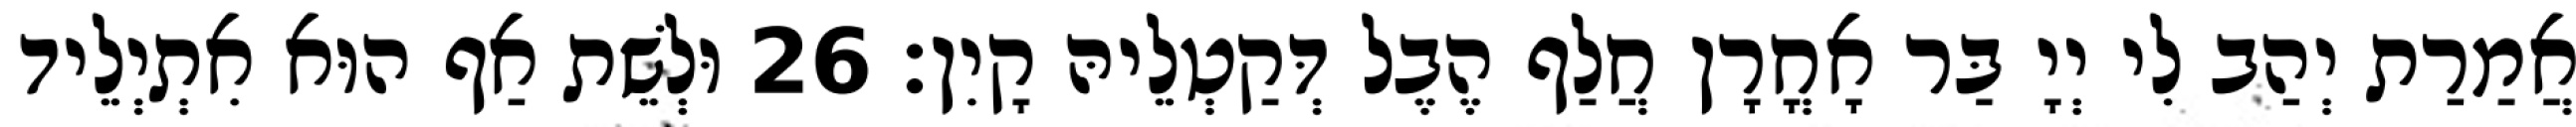
אֲמַרַת יְהַב לִי יְיָ בַּר אָחֳרָן חֲלַף הֶבֶל דְּקַטְלֵיהּ קָיִן׃ 26 וּלְשֵׁת אַף הוּא אִתְיְלֵיד